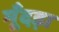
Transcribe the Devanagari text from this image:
मूँदड़ा